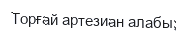
Торғай артезиан алабы;